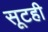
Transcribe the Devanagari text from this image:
सूटही